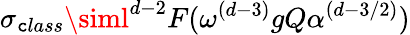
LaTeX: \sigma_{\mathtt{c}lass}\siml^{d-2}F(\omega^{(d-3)}gQ\alpha^{(d-3/2)})